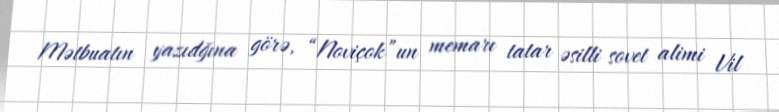
Mətbuatın yazıdğına görə, “Noviçok”un memarı tatar əsilli sovet alimi Vil